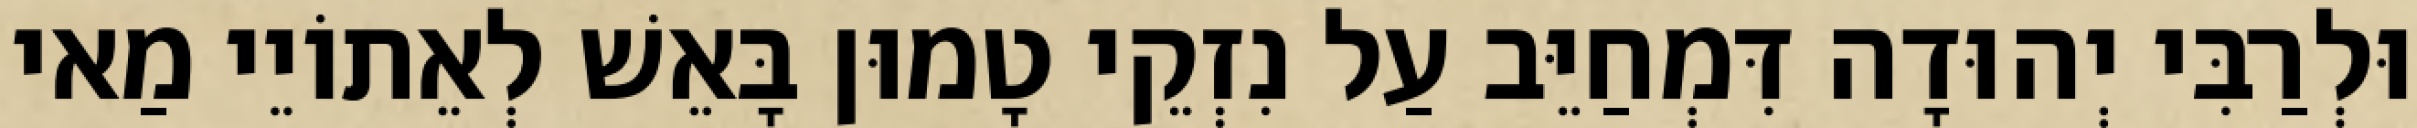
וּלְרַבִּי יְהוּדָה דִּמְחַיֵּב עַל נִזְקֵי טָמוּן בָּאֵשׁ לְאֵתוֹיֵי מַאי